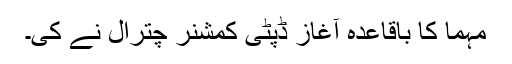
مہما کا باقاعدہ آغاز ڈپٹی کمشنر چترال نے کی۔